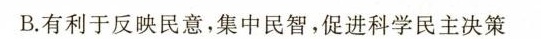
B.有利于反映民意，集中民智，促进科学民主决策